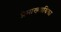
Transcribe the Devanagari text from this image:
प्रेमाख्यायिका